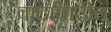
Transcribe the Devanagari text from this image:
वादावादीत